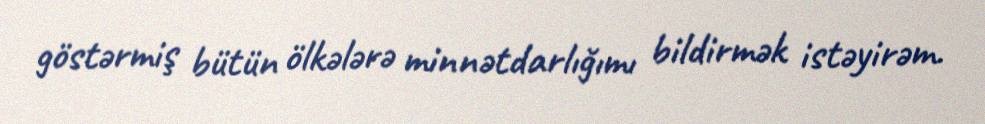
göstərmiş bütün ölkələrə minnətdarlığımı bildirmək istəyirəm.